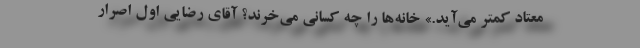
معتاد كمتر مي‌آيد.» خانه‌ها را چه كساني مي‌خرند؟ آقاي رضايي اول اصرار